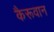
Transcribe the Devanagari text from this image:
कैरूवान